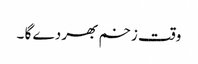
وقت زخم بھر دے گا ۔